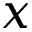
\boldsymbol { x }